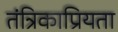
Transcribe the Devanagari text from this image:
तंत्रिकाप्रियता